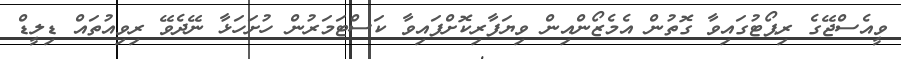
ވީއެސްޖޭގެ ރިޕޯޓުގައިވާ ގޮތުން އެމެޒޯންއިން ވިޔަފާރިކޮށްފައިވާ ކަސްޓަމަރުން ހުށަހަޅާ ނޭދެވޭ ރިވިއުތައް ޑިލީޑް